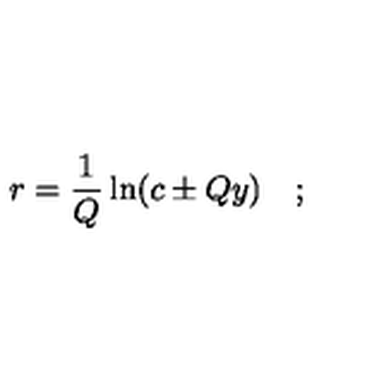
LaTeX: r = \frac { 1 } { Q } \ln ( c \pm Q y ) \quad ; \quad